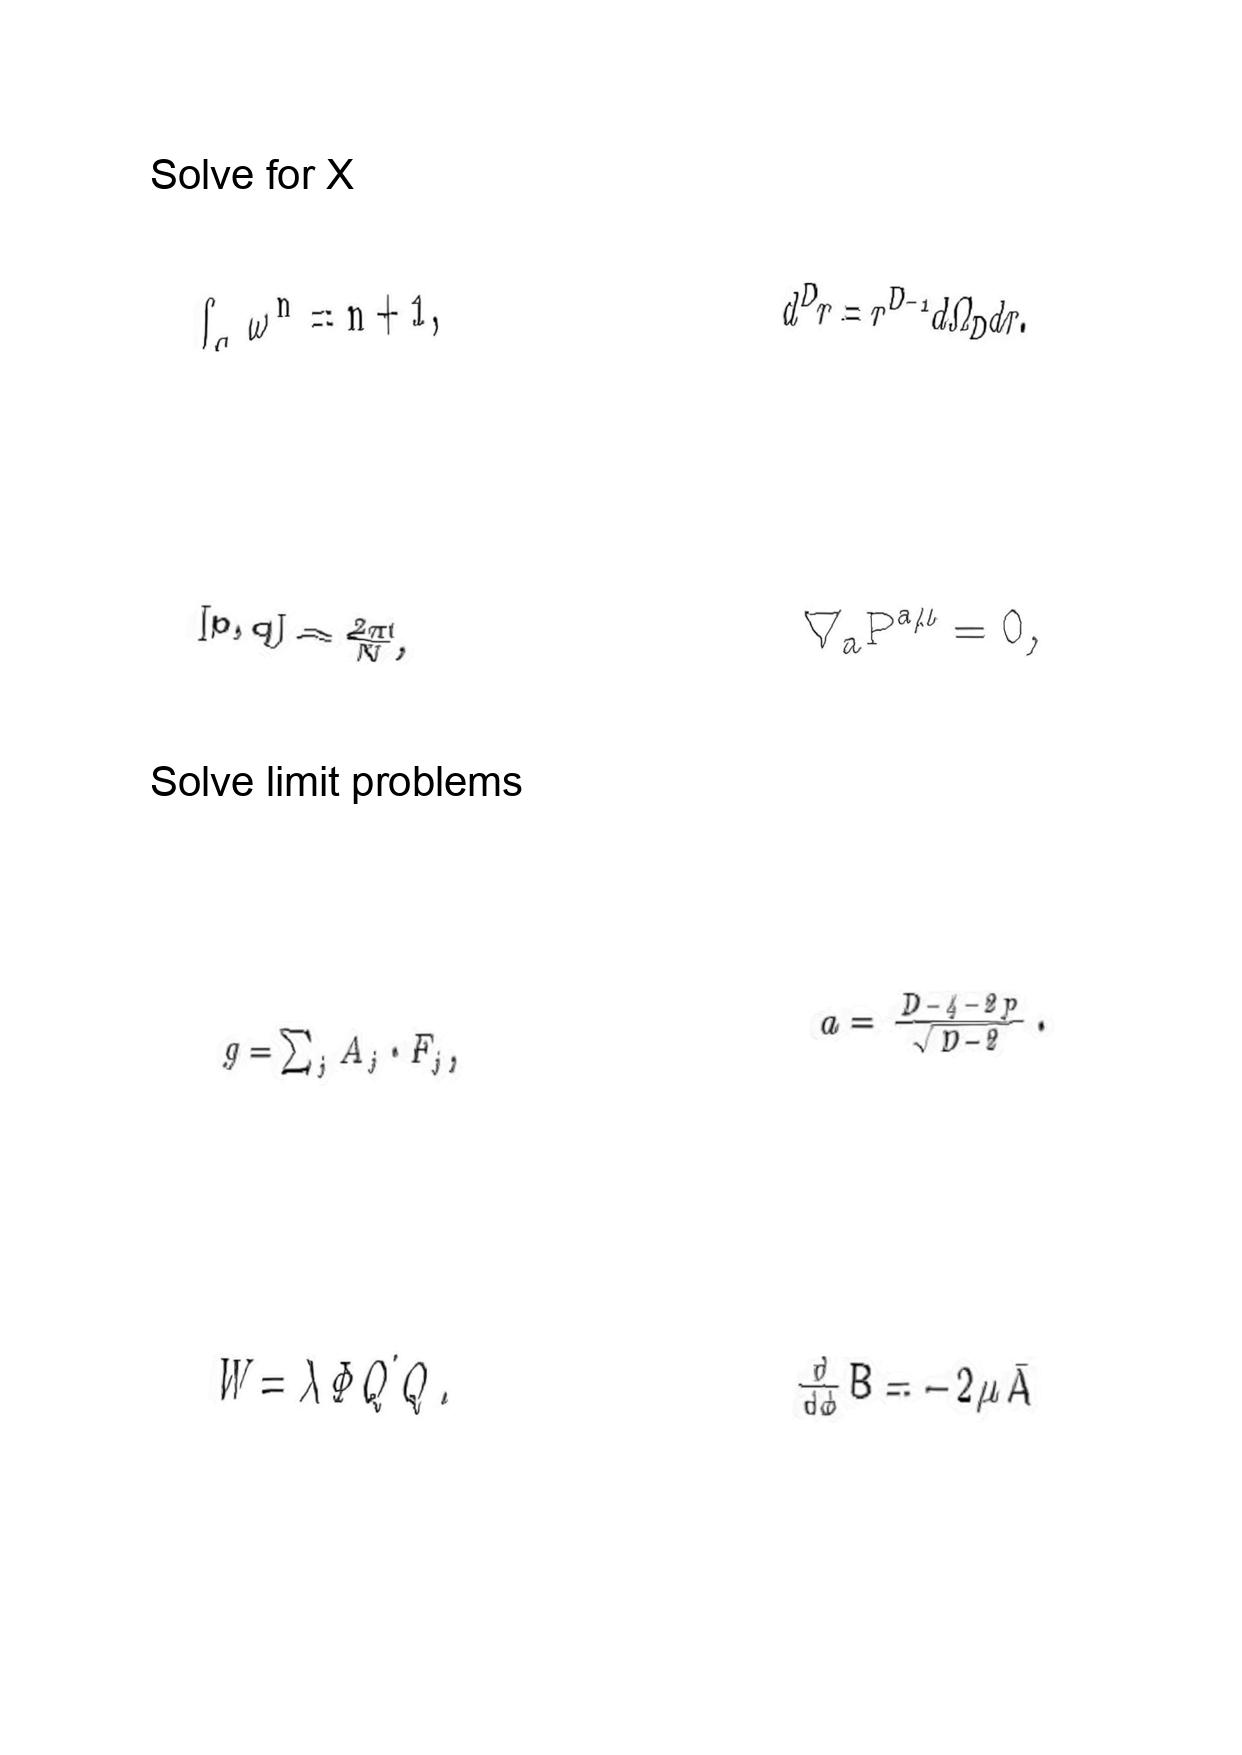
LaTeX transcription:
\int _ { C } \omega ^ { n } = n + 1 ,
\lbrack p , q \rbrack = \frac { 2 \pi i } { N } ,
g = \sum _ { j } A _ { j } \cdot F _ { j } ,
W = \lambda \Phi Q \tilde { Q } .
d ^ { D } r = r ^ { D - 1 } d \Omega _ { D } d r .
\nabla _ { a } P ^ { a \mu } = 0 ,
a = \frac { D - 4 - 2 p } { \sqrt { D - 2 } } .
\frac { d } { d \phi } B = - 2 \mu \bar { A }